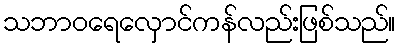
သဘာဝရေလှောင်ကန်လည်းဖြစ်သည်။